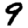
Digit: 9